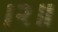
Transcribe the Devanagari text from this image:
।२॥